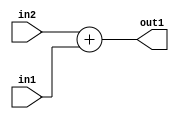
`timescale 1ps / 1ps
/*****************************************************************************
    Verilog RTL Description
    
    
    Created by: Stratus DpOpt 2019.1.01 
*******************************************************************************/

module st_weight_addr_gen_Add_16Sx9U_16S_4 (
	in2,
	in1,
	out1
	); /* architecture "behavioural" */ 
input [15:0] in2;
input [8:0] in1;
output [15:0] out1;
wire [15:0] asc001;

assign asc001 = 
	+(in2)
	+(in1);

assign out1 = asc001;
endmodule

/* CADENCE  ubLyQwE= : u9/ySgnWtBlWxVPRXgAZ4Og= ** DO NOT EDIT THIS LINE ******/